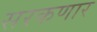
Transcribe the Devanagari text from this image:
सरकणार